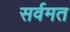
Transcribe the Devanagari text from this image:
सर्वमत